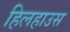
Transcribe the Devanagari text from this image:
हिलहाउस